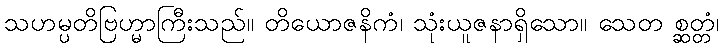
သဟမ္ပတိဗြဟ္မာကြီးသည်။ တိယောဇနိကံ၊ သုံးယူဇနာရှိသော။ သေတ စ္ဆတ္တံ၊